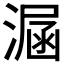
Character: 𣼇